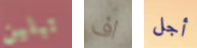
تبلين اف أجل